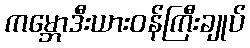
ကမ္ဘောဒီးယားဝန်ကြီးချုပ်